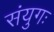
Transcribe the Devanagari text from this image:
संयुगः